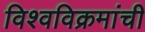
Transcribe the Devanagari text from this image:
विश्वविक्रमांची